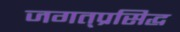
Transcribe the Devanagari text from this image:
जगत्‌प्रसिद्ध